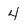
Character: 4